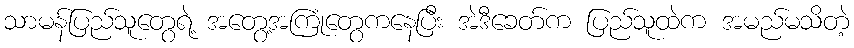
သာမန်ပြည်သူတွေရဲ့ အတွေ့အကြုံတွေကနေပြီး အဲဒီခေတ်က ပြည်သူထဲက အမည်မသိတဲ့